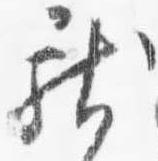
献